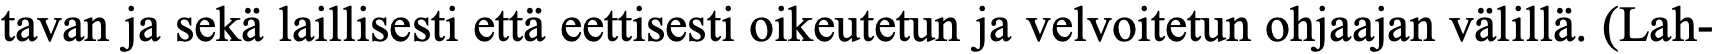
tavan ja sekä laillisesti että eettisesti oikeutetun ja velvoitetun ohjaajan välillä. (Lah-